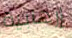
إرهابية